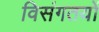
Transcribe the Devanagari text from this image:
विसंगतयों